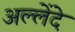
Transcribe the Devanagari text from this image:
अल्लेंदे